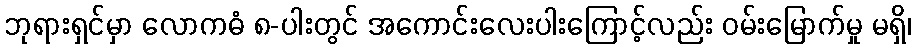
ဘုရားရှင်မှာ လောကဓံ ၈-ပါးတွင် အကောင်းလေးပါးကြောင့်လည်း ဝမ်းမြောက်မှု မရှိ၊